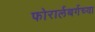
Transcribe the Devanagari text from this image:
फोरार्लबर्गच्या